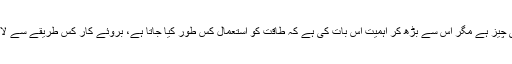
طاقت اچھی چیز ہے مگر اس سے بڑھ کر اہمیت اس بات کی ہے کہ طاقت کو استعمال کس طور کیا جاتا ہے، بروئے کار کس طریقے سے لایا جاتا ہے۔